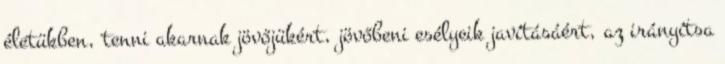
életükben, tenni akarnak jövőjükért, jövőbeni esélyeik javításáért, az irányítsa